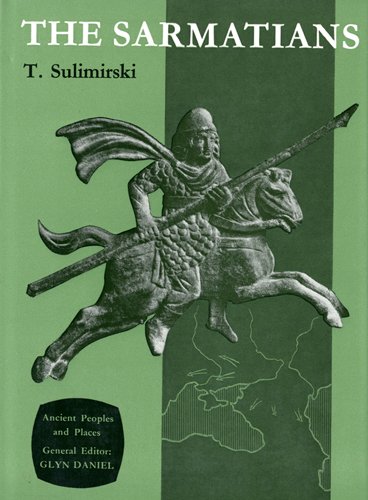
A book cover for Sarmatians (Ancient Peoples and Places); Tadeusz Sulimirski; Travel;